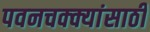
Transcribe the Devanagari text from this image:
पवनचक्क्यांसाठी